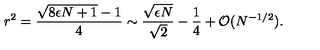
r ^ { 2 } = \frac { \sqrt { 8 \epsilon N + 1 } - 1 } { 4 } \sim \frac { \sqrt { \epsilon N } } { \sqrt { 2 } } - \frac { 1 } { 4 } + { \cal O } ( N ^ { - 1 / 2 } ) .